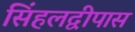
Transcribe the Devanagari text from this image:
सिंहलद्वीपास